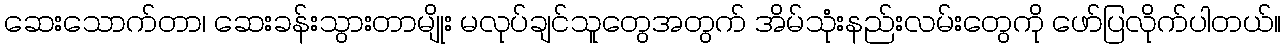
ဆေးသောက်တာ၊ ဆေးခန်းသွားတာမျိုး မလုပ်ချင်သူတွေအတွက် အိမ်သုံးနည်းလမ်းတွေကို ဖော်ပြလိုက်ပါတယ်။